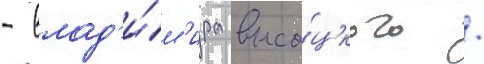
- влад'и́м'ира высо́цкого /